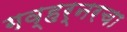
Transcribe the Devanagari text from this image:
गव्हर्नरचा